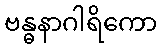
ဗန္ဓနာဂါရိကော